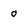
Character: o